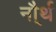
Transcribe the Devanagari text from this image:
नौ्र्थ